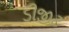
ડીજીટ